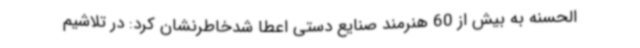
الحسنه به بیش از 60 هنرمند صنایع دستی اعطا شدخاطرنشان کرد: در تلاشیم